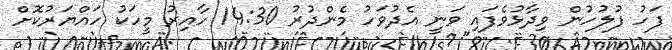
ފަހު ފުލުހުން ވިދާޅުވެފައި ވަނީ އެދުވަހު މެންދުރު 14:30 ހާއިރު މީހަކު ހައްޔަރުކޮށް